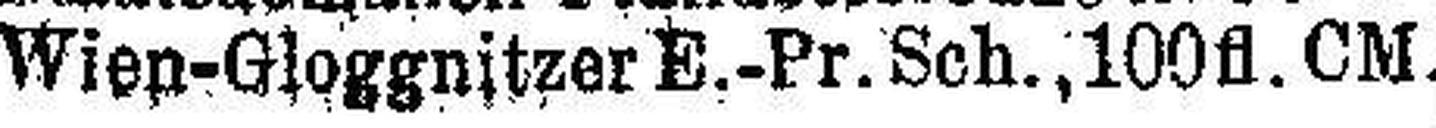
Wien-Gloggnitzer E.-Pr. Sch., 100 fl. CM.